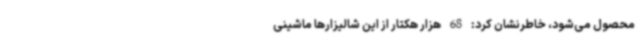
محصول می‌شود، خاطرنشان کرد: 68 هزار هکتار از این شالیزارها ماشینی